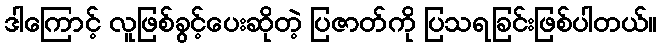
ဒါကြောင့် လူဖြစ်ခွင့်ပေးဆိုတဲ့ ပြဇာတ်ကို ပြသရခြင်းဖြစ်ပါတယ်။